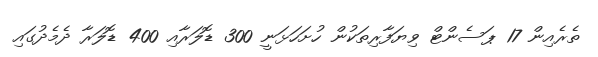
ތެރެއިން 17 ޕަސެންޓް ވިޔަފާރިތަކުން ހުށަހަޅަނީ 300 ޑޮލަރާއި 400 ޑޮލަރާ ދެމެދުގައި